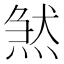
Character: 𤋣